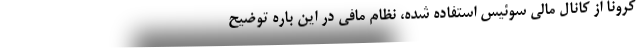
کرونا از کانال مالی سوئیس استفاده شده، نظام مافی در این باره توضیح